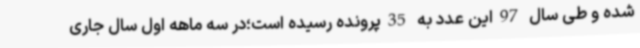
شده و طی سال 97این عدد به 35پرونده رسیده است؛در سه ماهه اول سال جاری